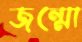
জন্মো